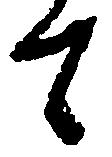
て